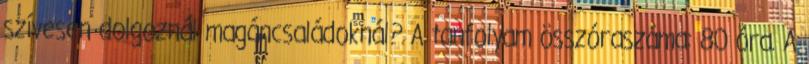
szívesen dolgoznál magáncsaládoknál? A tanfolyam összóraszáma: 80 óra. A